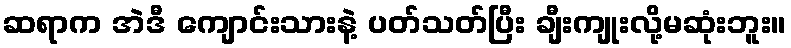
ဆရာက အဲဒီ ကျောင်းသားနဲ့ ပတ်သတ်ပြီး ချီးကျုးလို့မဆုံးဘူး။